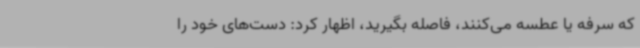
که سرفه یا عطسه می‌کنند، فاصله بگیرید، اظهار کرد: دست‌های خود را